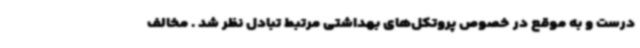
درست و به موقع در خصوص پروتکل‌های بهداشتی مرتبط تبادل نظر شد . مخالف